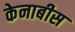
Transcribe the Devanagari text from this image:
केनाबीस